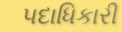
૫દાધિકારી